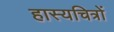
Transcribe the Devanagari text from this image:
हास्यचित्रों